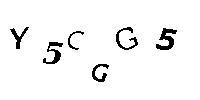
Y5CGG5